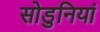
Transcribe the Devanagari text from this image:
सोडुनियां